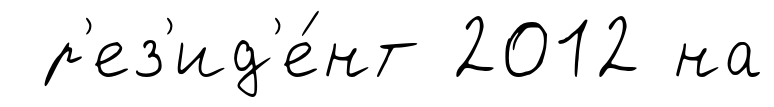
р'ез'ид'е́нт 2012 на